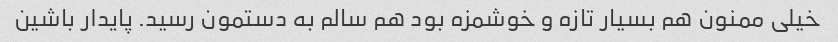
خیلی ممنون هم بسیار تازه و خوشمزه بود هم سالم به دستمون رسید. پایدار باشین